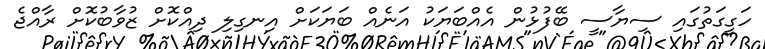
ހަގީގަތުގައި ސިޔާސީ ބޭފުޅުން އެއްބަޔަކު އަނެއް ބަޔަކަށް އިނގިލި ދިއްކޮށް ޒުވާބުކޮށް ރާއްޖެ